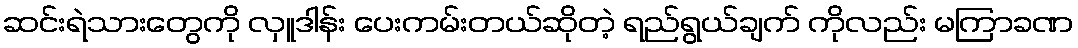
ဆင်းရဲသားတွေကို လှူဒါန်း ပေးကမ်းတယ်ဆိုတဲ့ ရည်ရွယ်ချက် ကိုလည်း မကြာခဏ